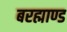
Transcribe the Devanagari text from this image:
बरह्माण्ड